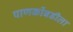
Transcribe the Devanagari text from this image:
पाणकोंबडीला